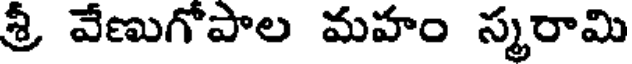
శ్రీ వేణుగోపాల మహం స్మరామి